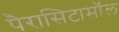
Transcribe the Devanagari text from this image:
पैरासिटामॉल